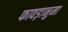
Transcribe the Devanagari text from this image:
फावड़ानुमा